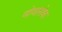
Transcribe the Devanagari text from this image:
नोवासेक